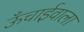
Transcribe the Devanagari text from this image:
ऊँचाईवाला